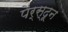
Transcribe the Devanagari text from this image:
पेर्स्दून